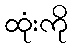
ထုံးကို